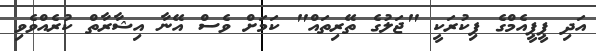
އަދި ޕީޕީއެމްގެ ފިކުރަކީ "ޖަލުގެ ތޭރިތައް" ކަމަށް ވެސް އޭނާ އިޝާރާތް ކުރެއްވެވި